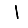
Digit: 1